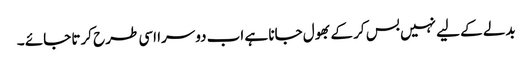
بدلے کے لیے نہیں بس کر کے بھول جانا ہے اب دوسرا اسی طرح کرتا جائے ۔